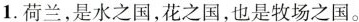
1.荷兰，是水之国，花之国，也是牧场之国。